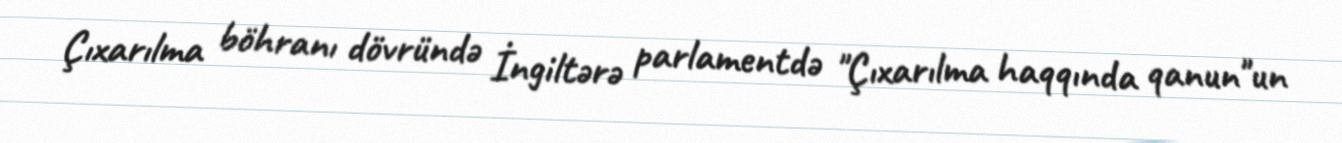
Çıxarılma böhranı dövründə İngiltərə parlamentdə "Çıxarılma haqqında qanun"un